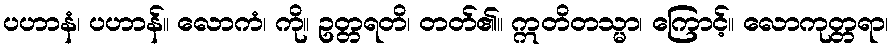
ပဟာနံ၊ ပဟာန်။ လောကံ၊ ကို။ ဥတ္တရတိ၊ တတ်၏။ ဣတိတသ္မာ၊ ကြောင့်။ လောကုတ္တရာ၊